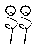
နီနီ